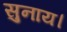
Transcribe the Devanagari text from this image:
सुनाय।